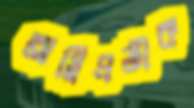
অগ্নিপ্রতীক